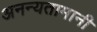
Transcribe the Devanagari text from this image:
अनन्यतामानी